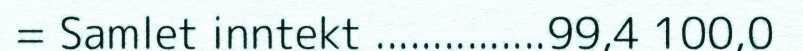
= Samlet inntekt ...............99,4 100,0